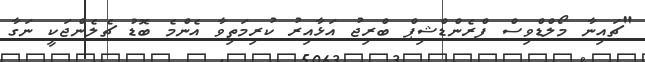
"ޗައިނާ މޯލްޑްވިސް ފްރެންޑްޝިޕް ބްރިޖު އަޅާއިރު ކުރިމަތިވާ އެންމެ ބޮޑު ޗެލެންޖަކީ ނަގާ